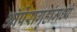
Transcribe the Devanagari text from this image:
ऑपेरागृहांमध्ये